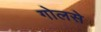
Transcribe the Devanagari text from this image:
गोलसे